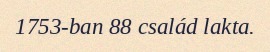
1753-ban 88 család lakta.